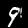
Digit: 9